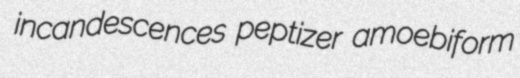
incandescences peptizer amoebiform